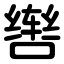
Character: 辔